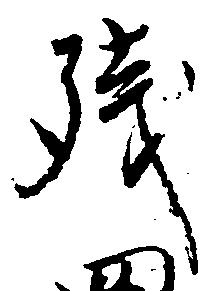
残